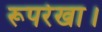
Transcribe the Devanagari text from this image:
रूपरेखा।